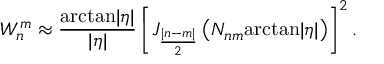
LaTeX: W _ { n } ^ { m } \approx \frac { \mathrm { a r c t a n } | \eta | } { | \eta | } \left[ J _ { \frac { | n - m | } 2 } \left( { \cal N } _ { n m } \mathrm { a r c t a n } | \eta | \right) \right] ^ { 2 } .